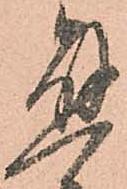
懸